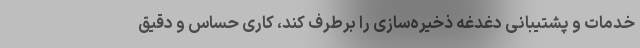
خدمات و پشتیبانی دغدغه‌ ذخیره‌سازی را برطرف کند، کاری حساس و دقیق